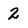
Character: 2